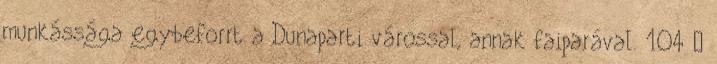
munkássága egybeforrt a Dunaparti várossal, annak faiparával. 104 —